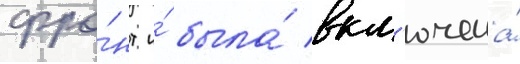
фро́нт и́ была́ вкл'ючена́